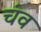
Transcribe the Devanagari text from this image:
चंव